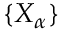
\{ X _ { \alpha } \}